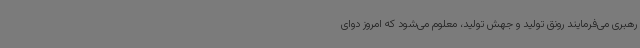
رهبری می‌فرمایند رونق تولید و جهش تولید، معلوم می‌شود که امروز دوای